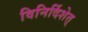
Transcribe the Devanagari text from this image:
विनिर्दिशेत्